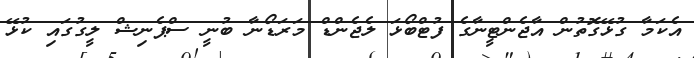
އެކަމާ ގުޅޭގޮތުން އާޖެންޓީނާގެ ފުޓްބޯޅަ ލެޖެންޑް މަރަޑޯނާ ބުނީ ސްޕެނިޝް ލީގުގައި ކުޅޭ